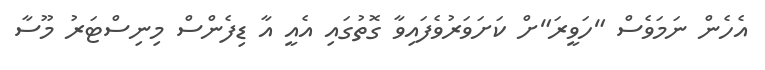
އެހެން ނަމަވެސް "ހަވީރަ"ށް ކަށަވަރުވެފައިވާ ގޮތުގައި އެއީ އާ ޑިފެންސް މިނިސްޓަރު މޫސާ